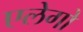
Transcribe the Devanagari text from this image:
एलेगो